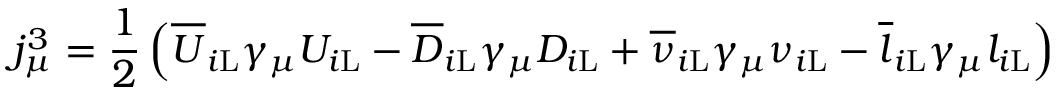
j _ { \mu } ^ { 3 } = { \frac { 1 } { 2 } } \left( { \overline { { U } } } _ { i \mathrm { L } } \gamma _ { \mu } U _ { i \mathrm { L } } - { \overline { { D } } } _ { i \mathrm { L } } \gamma _ { \mu } D _ { i \mathrm { L } } + { \overline { { \nu } } } _ { i \mathrm { L } } \gamma _ { \mu } \nu _ { i \mathrm { L } } - { \overline { { l } } } _ { i \mathrm { L } } \gamma _ { \mu } l _ { i \mathrm { L } } \right)